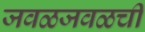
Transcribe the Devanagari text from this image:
जवळजवळची